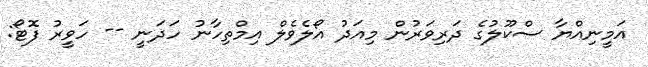
އަމީނިއްޔާ ސްކޫލުގެ ދަރިވަރުން މިއަދު އޯލެވެލް އިމްތިހާނު ހަދަނީ -- ހަވީރު ފޮޓޯ: